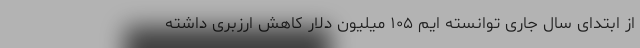
از ابتدای سال جاری توانسته ایم ۱۰۵ میلیون دلار کاهش ارزبری داشته